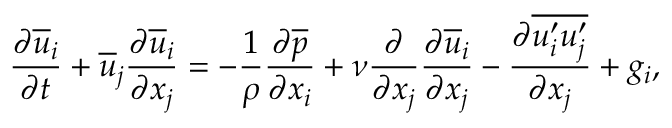
\frac { \partial \overline { { u } } _ { i } } { \partial t } + \overline { { u } } _ { j } \frac { \partial \overline { { u } } _ { i } } { \partial x _ { j } } = - \frac { 1 } { \rho } \frac { \partial \overline { { p } } } { \partial x _ { i } } + \nu \frac { \partial } { \partial x _ { j } } \frac { \partial \overline { { u } } _ { i } } { \partial x _ { j } } - \frac { \partial \overline { { u _ { i } ^ { \prime } u _ { j } ^ { \prime } } } } { \partial x _ { j } } + g _ { i } ,